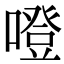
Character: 噔